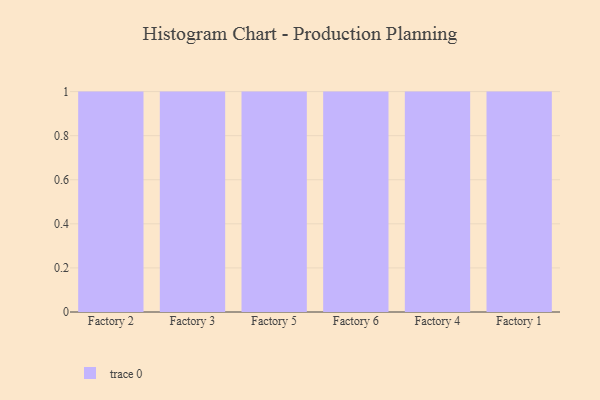
{"axis": {"x": "Factory", "y": "Active Users"}, "legend": [""], "data": [{"x": "Factory 2", "y": 25, "type": ""}, {"x": "Factory 3", "y": 23, "type": ""}, {"x": "Factory 5", "y": 55, "type": ""}, {"x": "Factory 6", "y": 1, "type": ""}, {"x": "Factory 4", "y": 10, "type": ""}, {"x": "Factory 1", "y": 13, "type": ""}]}